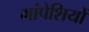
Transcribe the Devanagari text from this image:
मांपेशियों